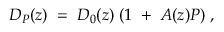
{ D _ { P } ( z ) \; = \; D _ { 0 } ( z ) \; ( 1 \; + \; A ( z ) P ) \; , }